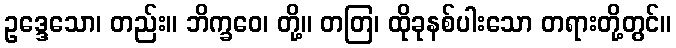
ဥဒ္ဒေသော၊ တည်း။ ဘိက္ခဝေ၊ တို့။ တတြ၊ ထိုခုနစ်ပါးသော တရားတို့တွင်။